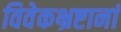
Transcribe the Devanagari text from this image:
विवेकभ्रष्टानां